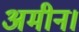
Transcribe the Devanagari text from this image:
अमीन।